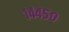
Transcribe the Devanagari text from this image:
१४४५०